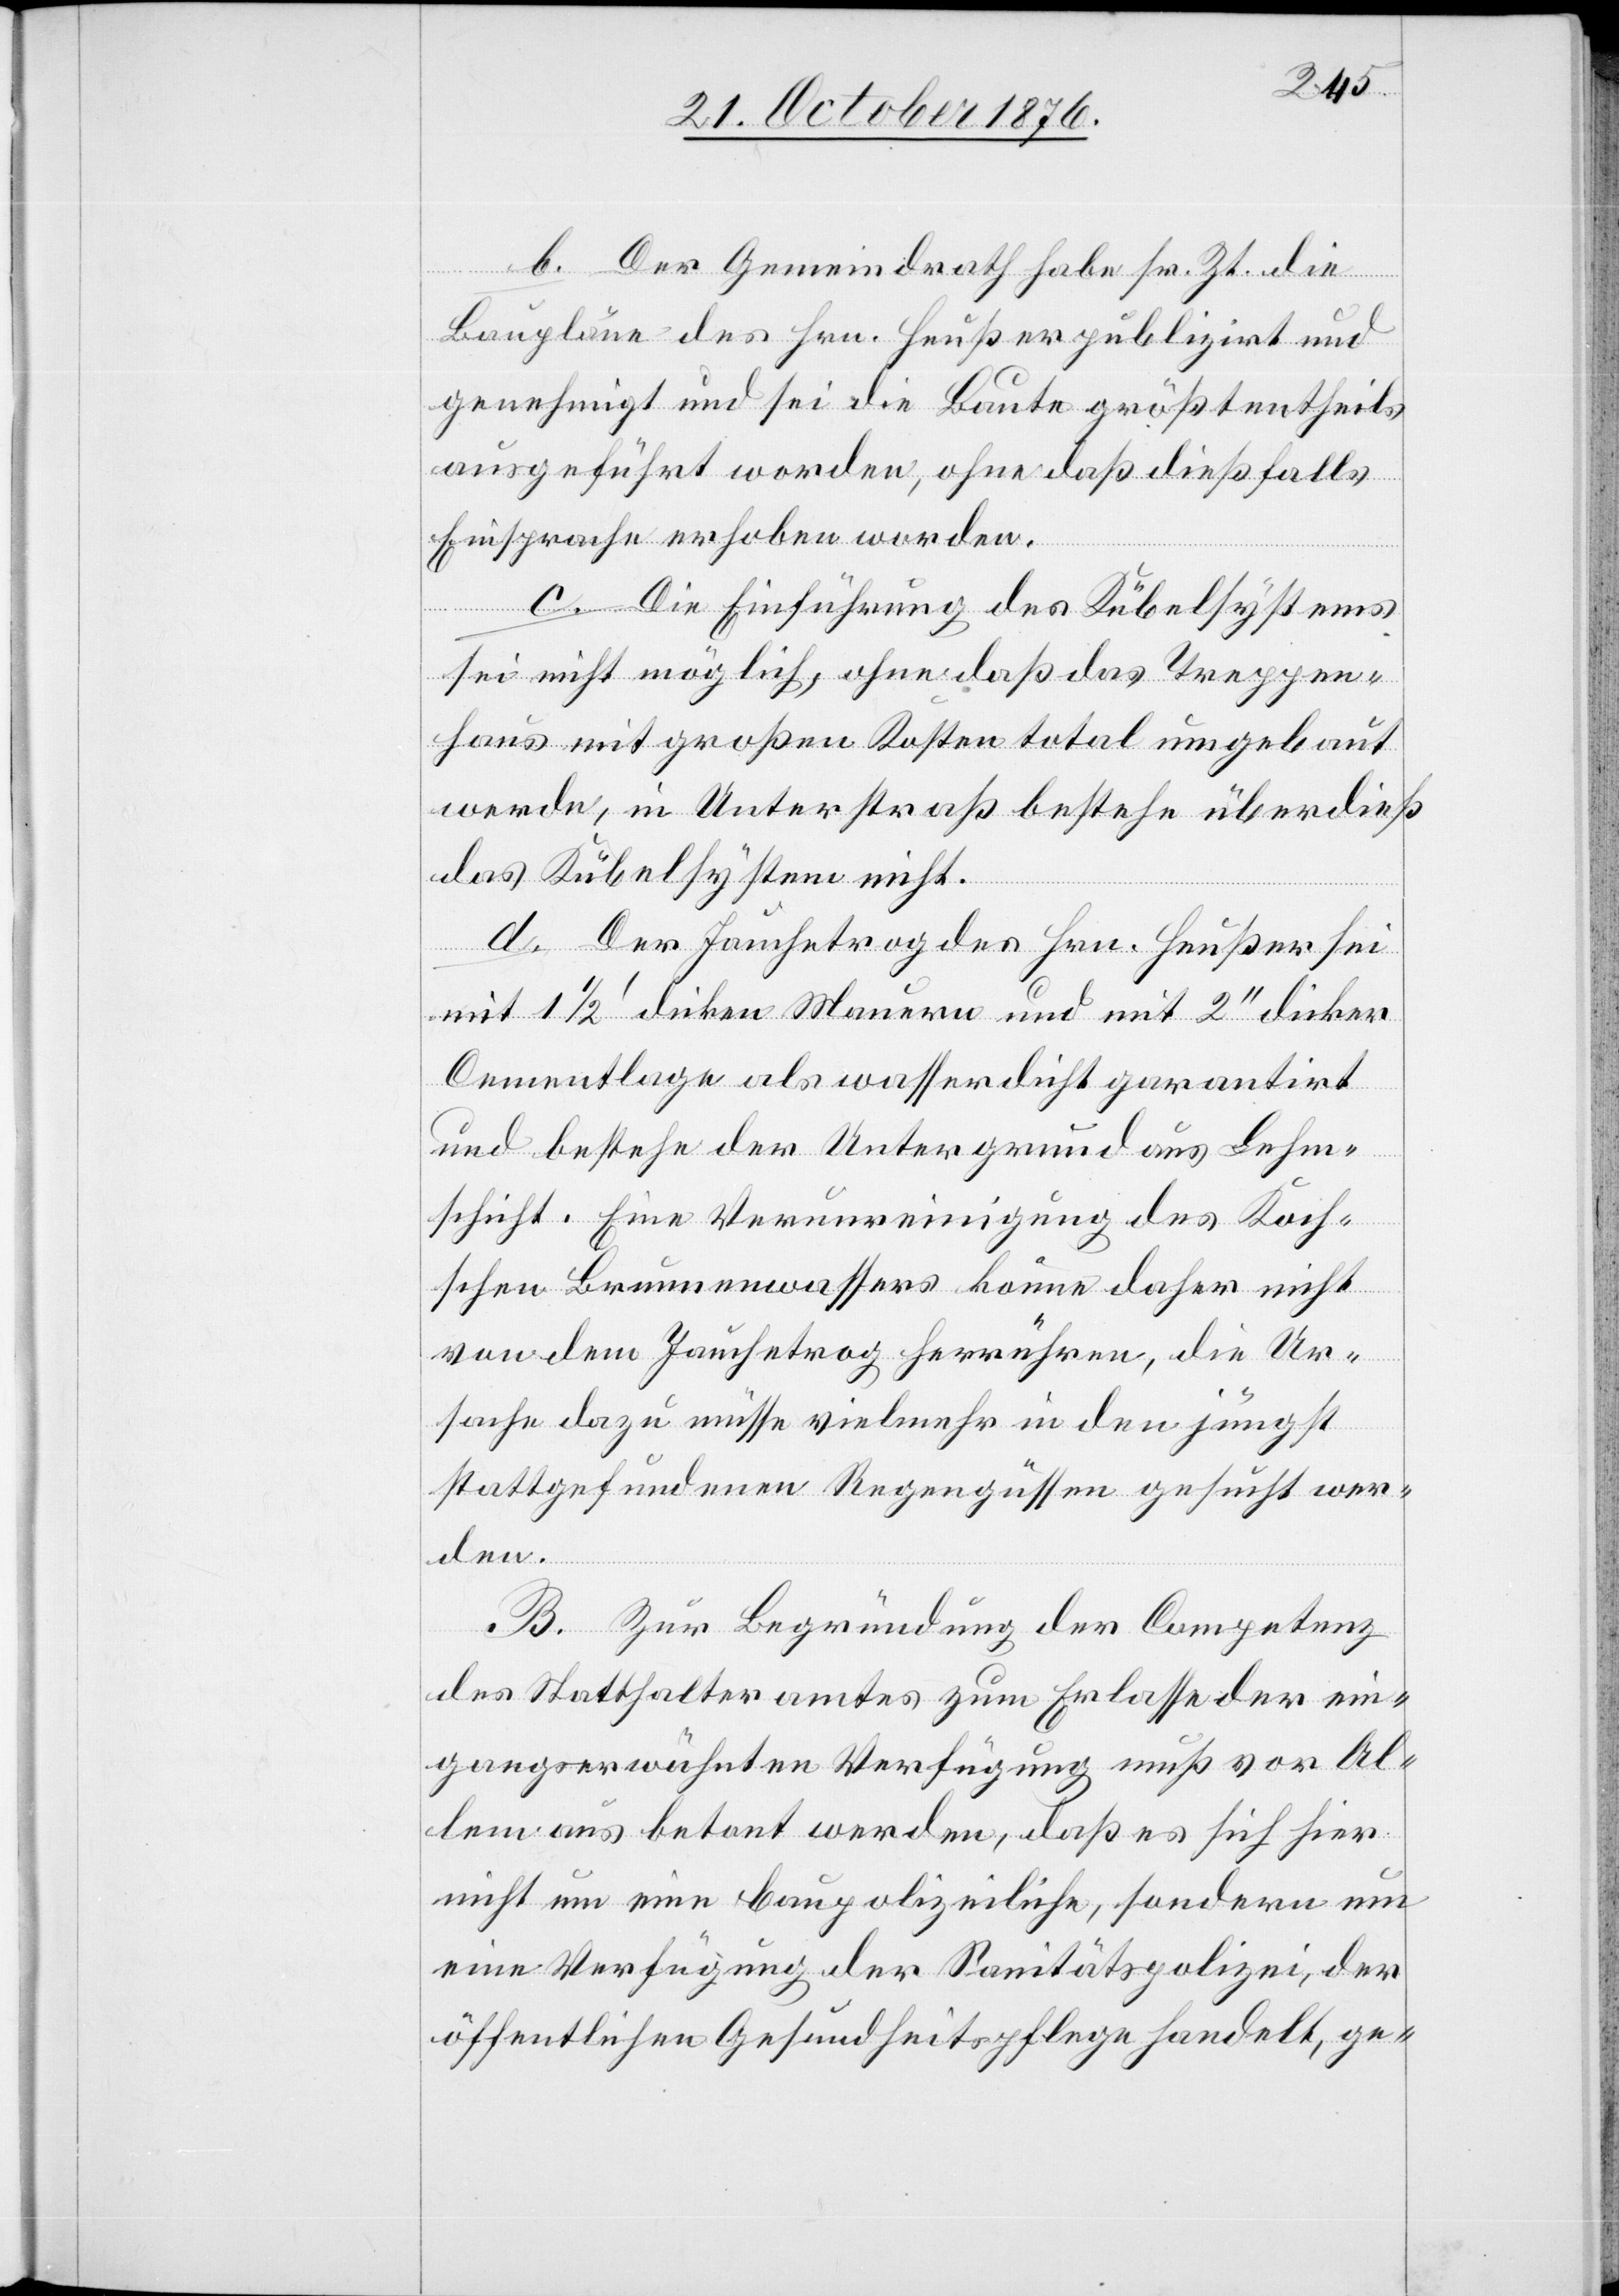
b. Der Gemeindrath habe sr. Zt. die
Baupläne des Hrn. Heußer publizirt und
genehmigt und sei die Baute größtentheils
ausgeführt worden, ohne daß dießfalls
Einsprache erhoben worden.
c. Die Einführung des Kübelsystems
sei nicht möglich, ohne daß das Treppen¬
haus mit großen Kosten total umgebaut
werde, in Unterstraß bestehe überdieß
das Kübelsystem nicht.
d. Der Jauchetrog des Hrn. Heußer sei
mit 1 1/2‘ dicken Mauern und mit 2‘‘ dicker
Cementlage als wasserdicht garantirt
und bestehe der Untergrund aus Lehm¬
schicht. Eine Verunreinigung des koch¬
schen Brunnenwassers könne daher nicht
von dem Jauchetrog herrühren, die Ur¬
sache dazu müsse vielmehr in den jüngst
stattgefundenen Regengüssen gesucht wer¬
den.
B. Zur Begründung der Competenz
des Statthalteramtes zum Erlasse der ein¬
gangserwähnten Verfügung muß vor Al¬
lem aus betont werden, daß es sich hier
nicht um eine baupolizeiliche, sondern um
eine Verfügung der Sanitätspolizei, der
öffentlichen Gesundheitspflege handelt, ge-